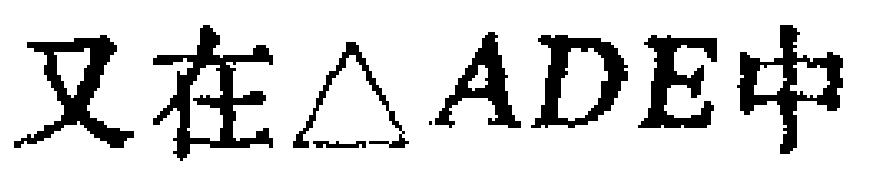
又在$\triangle ADE$中